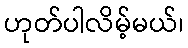
ဟုတ်ပါလိမ့်မယ်၊